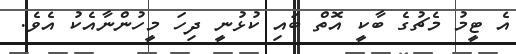
އެ ޓީމު މެޗުގެ ބާކީ އޮތް ބައި ކުޅުނީ ދިހަ މީހުންނާއެކު އެވެ.